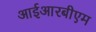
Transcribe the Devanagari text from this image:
आईआरबीएम